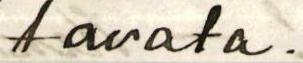
tavata.